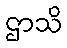
ဌာသိ